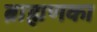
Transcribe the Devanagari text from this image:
ब्राह्मणका